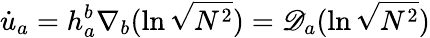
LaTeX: \dot{u}_{a}=h_{a}^{b}\nabla_{b}(\ln\sqrt{N^{2}})=\mathscr{D}_{a}(\ln\sqrt{N^{2}})